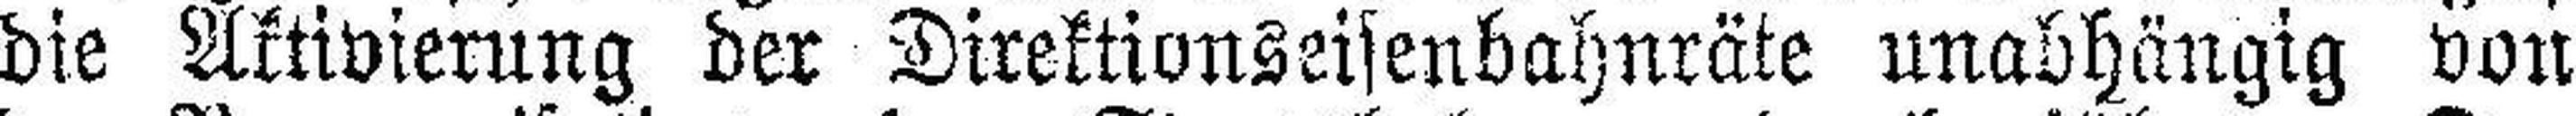
die Aktivierung der Direktionseisenbahnräte unabhängig von